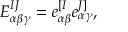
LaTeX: E _ { \alpha \beta \gamma } ^ { I J } = e _ { \alpha \beta } ^ { [ I } e _ { \alpha \gamma } ^ { J ] } ,